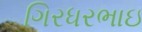
ગિરધરભાઇ